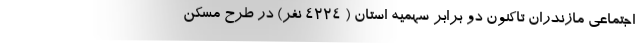
اجتماعی مازندران تاکنون دو برابر سهمیه استان ( ۴۲۲۴ نفر) در طرح مسکن